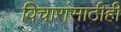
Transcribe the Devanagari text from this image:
विचारांसाठीही